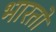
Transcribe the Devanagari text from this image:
भारताे